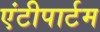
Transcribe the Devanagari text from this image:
एंटीपार्टम